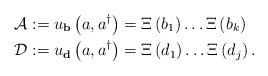
LaTeX: \begin{align*}\mathcal{A} & :=u_{\mathbf{b}}\left( a,a^{\dag}\right) =\Xi\left(b_{1}\right) \dots\Xi\left( b_{k}\right) \\\mathcal{D} & :=u_{\mathbf{d}}\left( a,a^{\dag}\right) =\Xi\left(d_{1}\right) \dots\Xi\left( d_{j}\right) .\end{align*}